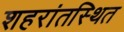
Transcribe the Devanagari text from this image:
शहरांतस्थित